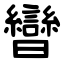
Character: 曫